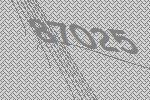
87025